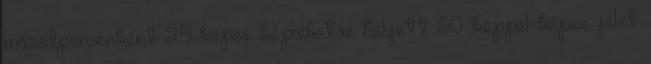
másodpercenként 25 képes képalkotás helyett 60 képpel képes jelet